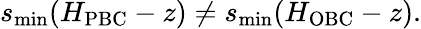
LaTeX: s_{\operatorname*{min}}(H_{\mathrm{PBC}}-z)\neq s_{\operatorname*{min}}(H_{\mathrm{OBC}}-z).